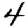
Digit: 4